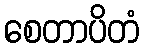
စေတာပိတံ